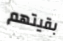
بقيتهم